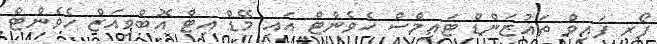
ފޯރ ފައިވް ތައުޒަންޑް ޓައިމްސް ހެވެންޓް އައި މޭޑް އިޓް އޮބްވިއަޒް ހެވެންޓް